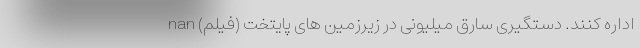
اداره کنند. دستگیری سارق میلیونی در زیرزمین های پایتخت (فیلم) nan